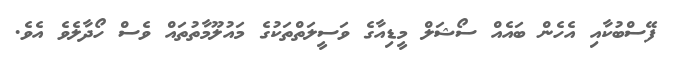
ފޭސްބުކާއި އެހެން ބައެއް ސޯޝަލް މީޑިއާގެ ވަސީލަތްތަކުގެ މައުލޫމާތުތައް ވެސް ހޯދާލެވެ އެވެ.